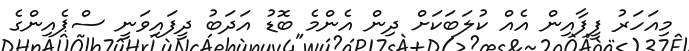
މިއަހަރު ފީފާއިން އެއް ކުލަބަކަށް ދިން އެންމެ ބޮޑު އަދަބު ދީފައިވަނީ ސްޕެއިންގެ